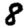
Digit: 8